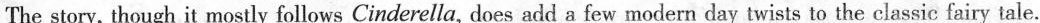
The story, though it mostly follows Cinderella, does add a few modern day twists to the classic fairy tale.